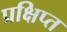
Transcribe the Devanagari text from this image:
प्रक्षिप्‍त